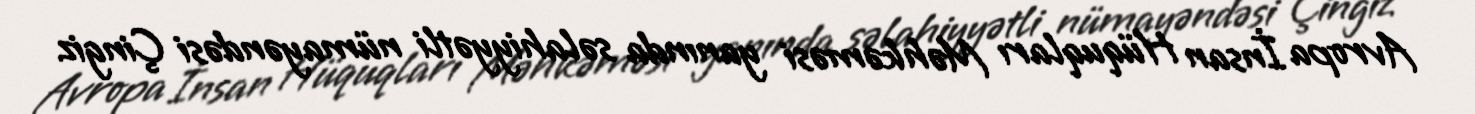
Avropa İnsan Hüquqları Məhkəməsi yanında səlahiyyətli nümayəndəsi Çingiz